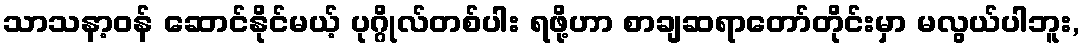
သာသနာ့ဝန် ဆောင်နိုင်မယ့် ပုဂ္ဂိုလ်တစ်ပါး ရဖို့ဟာ စာချဆရာတော်တိုင်းမှာ မလွယ်ပါဘူး,